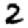
Digit: 2